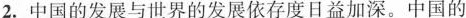
2.中国的发展与世界的发展依存度日益加深。中国的